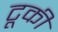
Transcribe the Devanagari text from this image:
टूकी